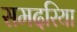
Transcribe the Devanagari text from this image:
समदरिया